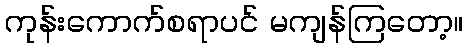
ကုန်းကောက်စရာပင် မကျန်ကြတော့။